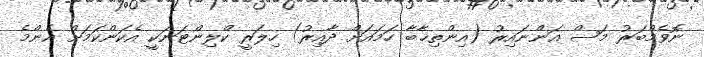
ނޮވެމްބަރު މަސް އަންނައިރު (އިންތިޚާބާ ހަމައަށް ދާއިރު) ހިލަރީ ކްލިންޓަނަކީ އެކަންކަމަށް އެންމެ